Leaving Certificate Examination (including Day School Certificate (Higher) General paper), 1932
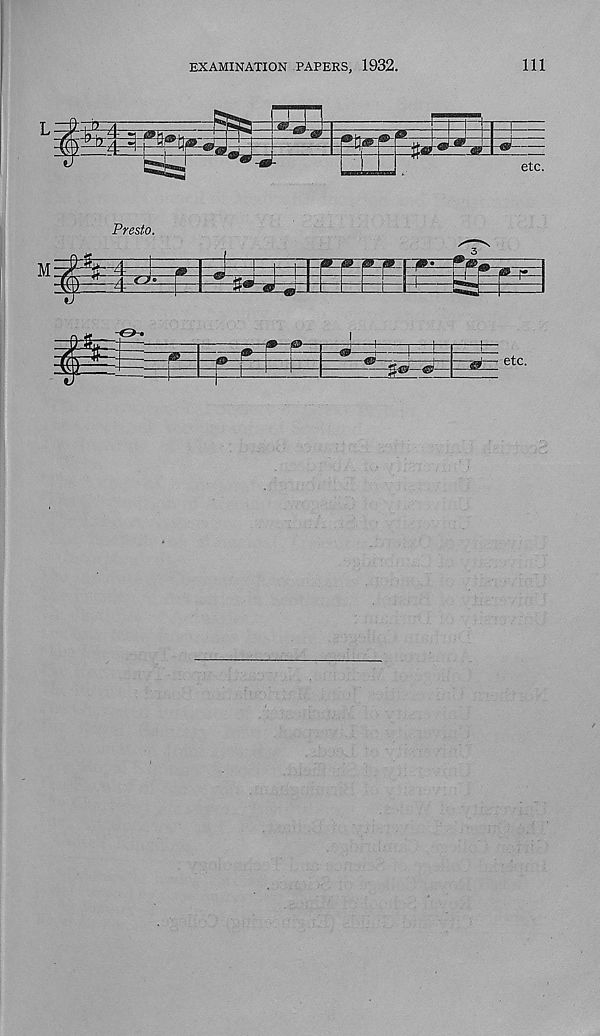
EXAMINATION PAPERS, 1932.
Ill
Presto.
M:
T=±
etc -